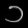
Digit: ၁